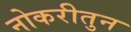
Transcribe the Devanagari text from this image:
नोकरीतुन